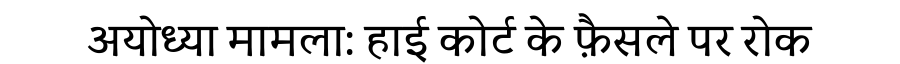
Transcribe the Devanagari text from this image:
अयोध्या मामला: हाई कोर्ट के फ़ैसले पर रोक